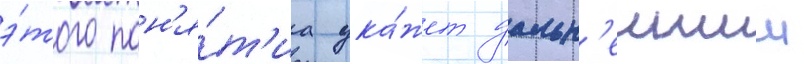
э́того пон'я́т'иа ука́жет дальн'еишии